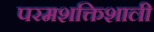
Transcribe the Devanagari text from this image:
परमशक्तिशाली